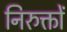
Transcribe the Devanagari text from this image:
निरुक्तों